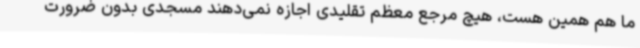
ما هم همین هست، هیچ مرجع معظم تقلیدی اجازه نمی‌دهند مسجدی بدون ضرورت